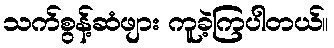
သက်စွန့်ဆံဖျား ကူခဲ့ကြပါတယ်။